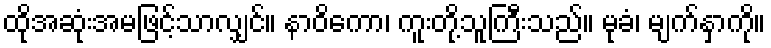
ထိုအဆုံးအမဖြင့်သာလျှင်။ နာဝိကော၊ ကူးတို့သူကြီးသည်။ မုခံ၊ မျက်နှာကို။